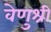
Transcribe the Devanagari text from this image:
वेणुश्री